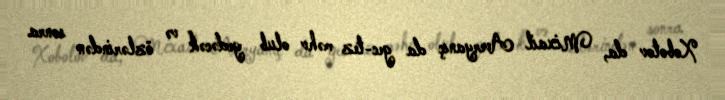
Xobotov da, Mixail Averyanıç da gec-tez məhv olub gedəcək və özlərindən sonra